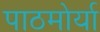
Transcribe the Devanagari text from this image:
पाठमोर्या